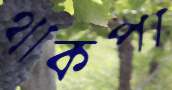
থাকপা